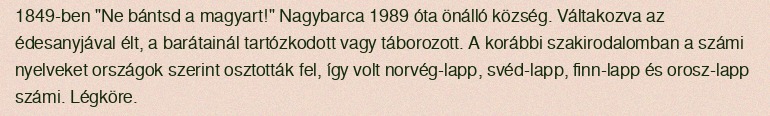
1849-ben "Ne bántsd a magyart!" Nagybarca 1989 óta önálló község. Váltakozva az édesanyjával élt, a barátainál tartózkodott vagy táborozott. A korábbi szakirodalomban a számi nyelveket országok szerint osztották fel, így volt norvég-lapp, svéd-lapp, finn-lapp és orosz-lapp számi. Légköre.